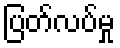
ပြတ်လပ်မှု